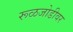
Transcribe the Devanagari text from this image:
रूळजोडीवर